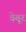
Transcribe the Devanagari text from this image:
वेवूर